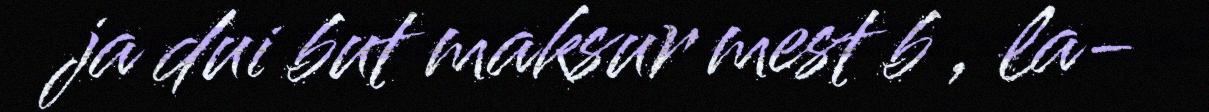
ja dui but maksur mest b , la-